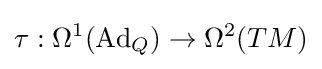
\tau :\Omega ^{1}(\mathrm {Ad} _{Q})\to \Omega ^{2}(TM)